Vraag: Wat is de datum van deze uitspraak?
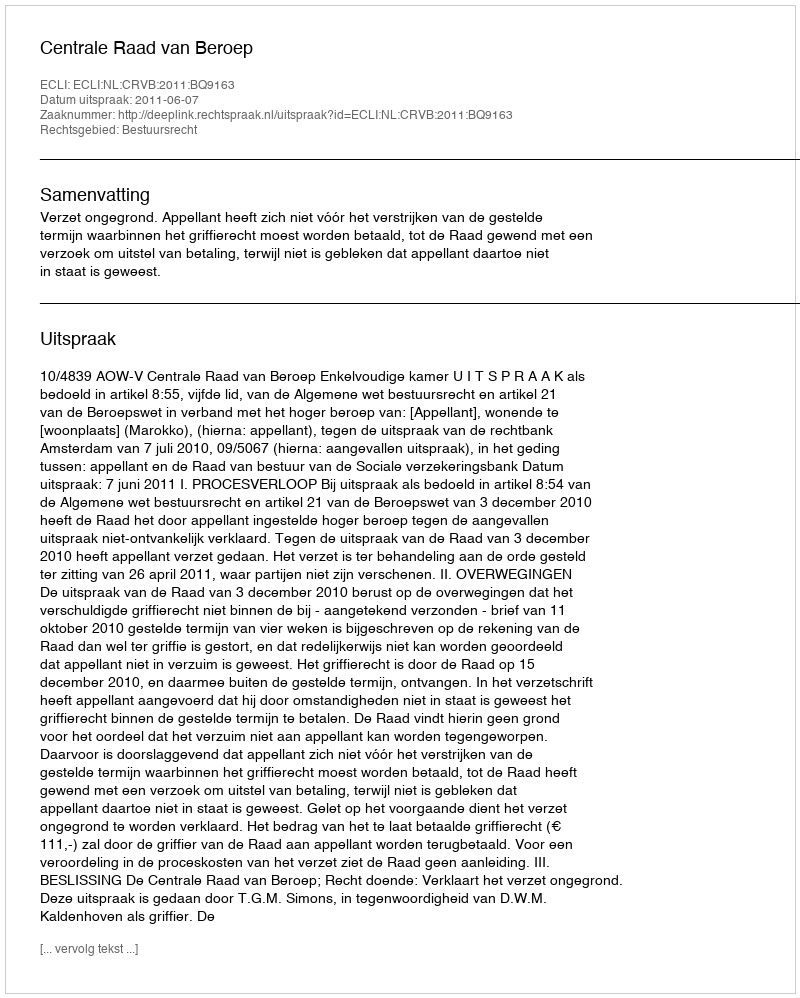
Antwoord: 2011-06-07